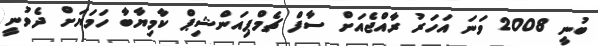
ބުނީ 2008 ވަނަ އަހަރު ރާއްޖެއަށް ސާފް ޗެމްޕިއަންޝިޕް ކާމިޔާބާ ހަމަޔަށް ދެވުނީ